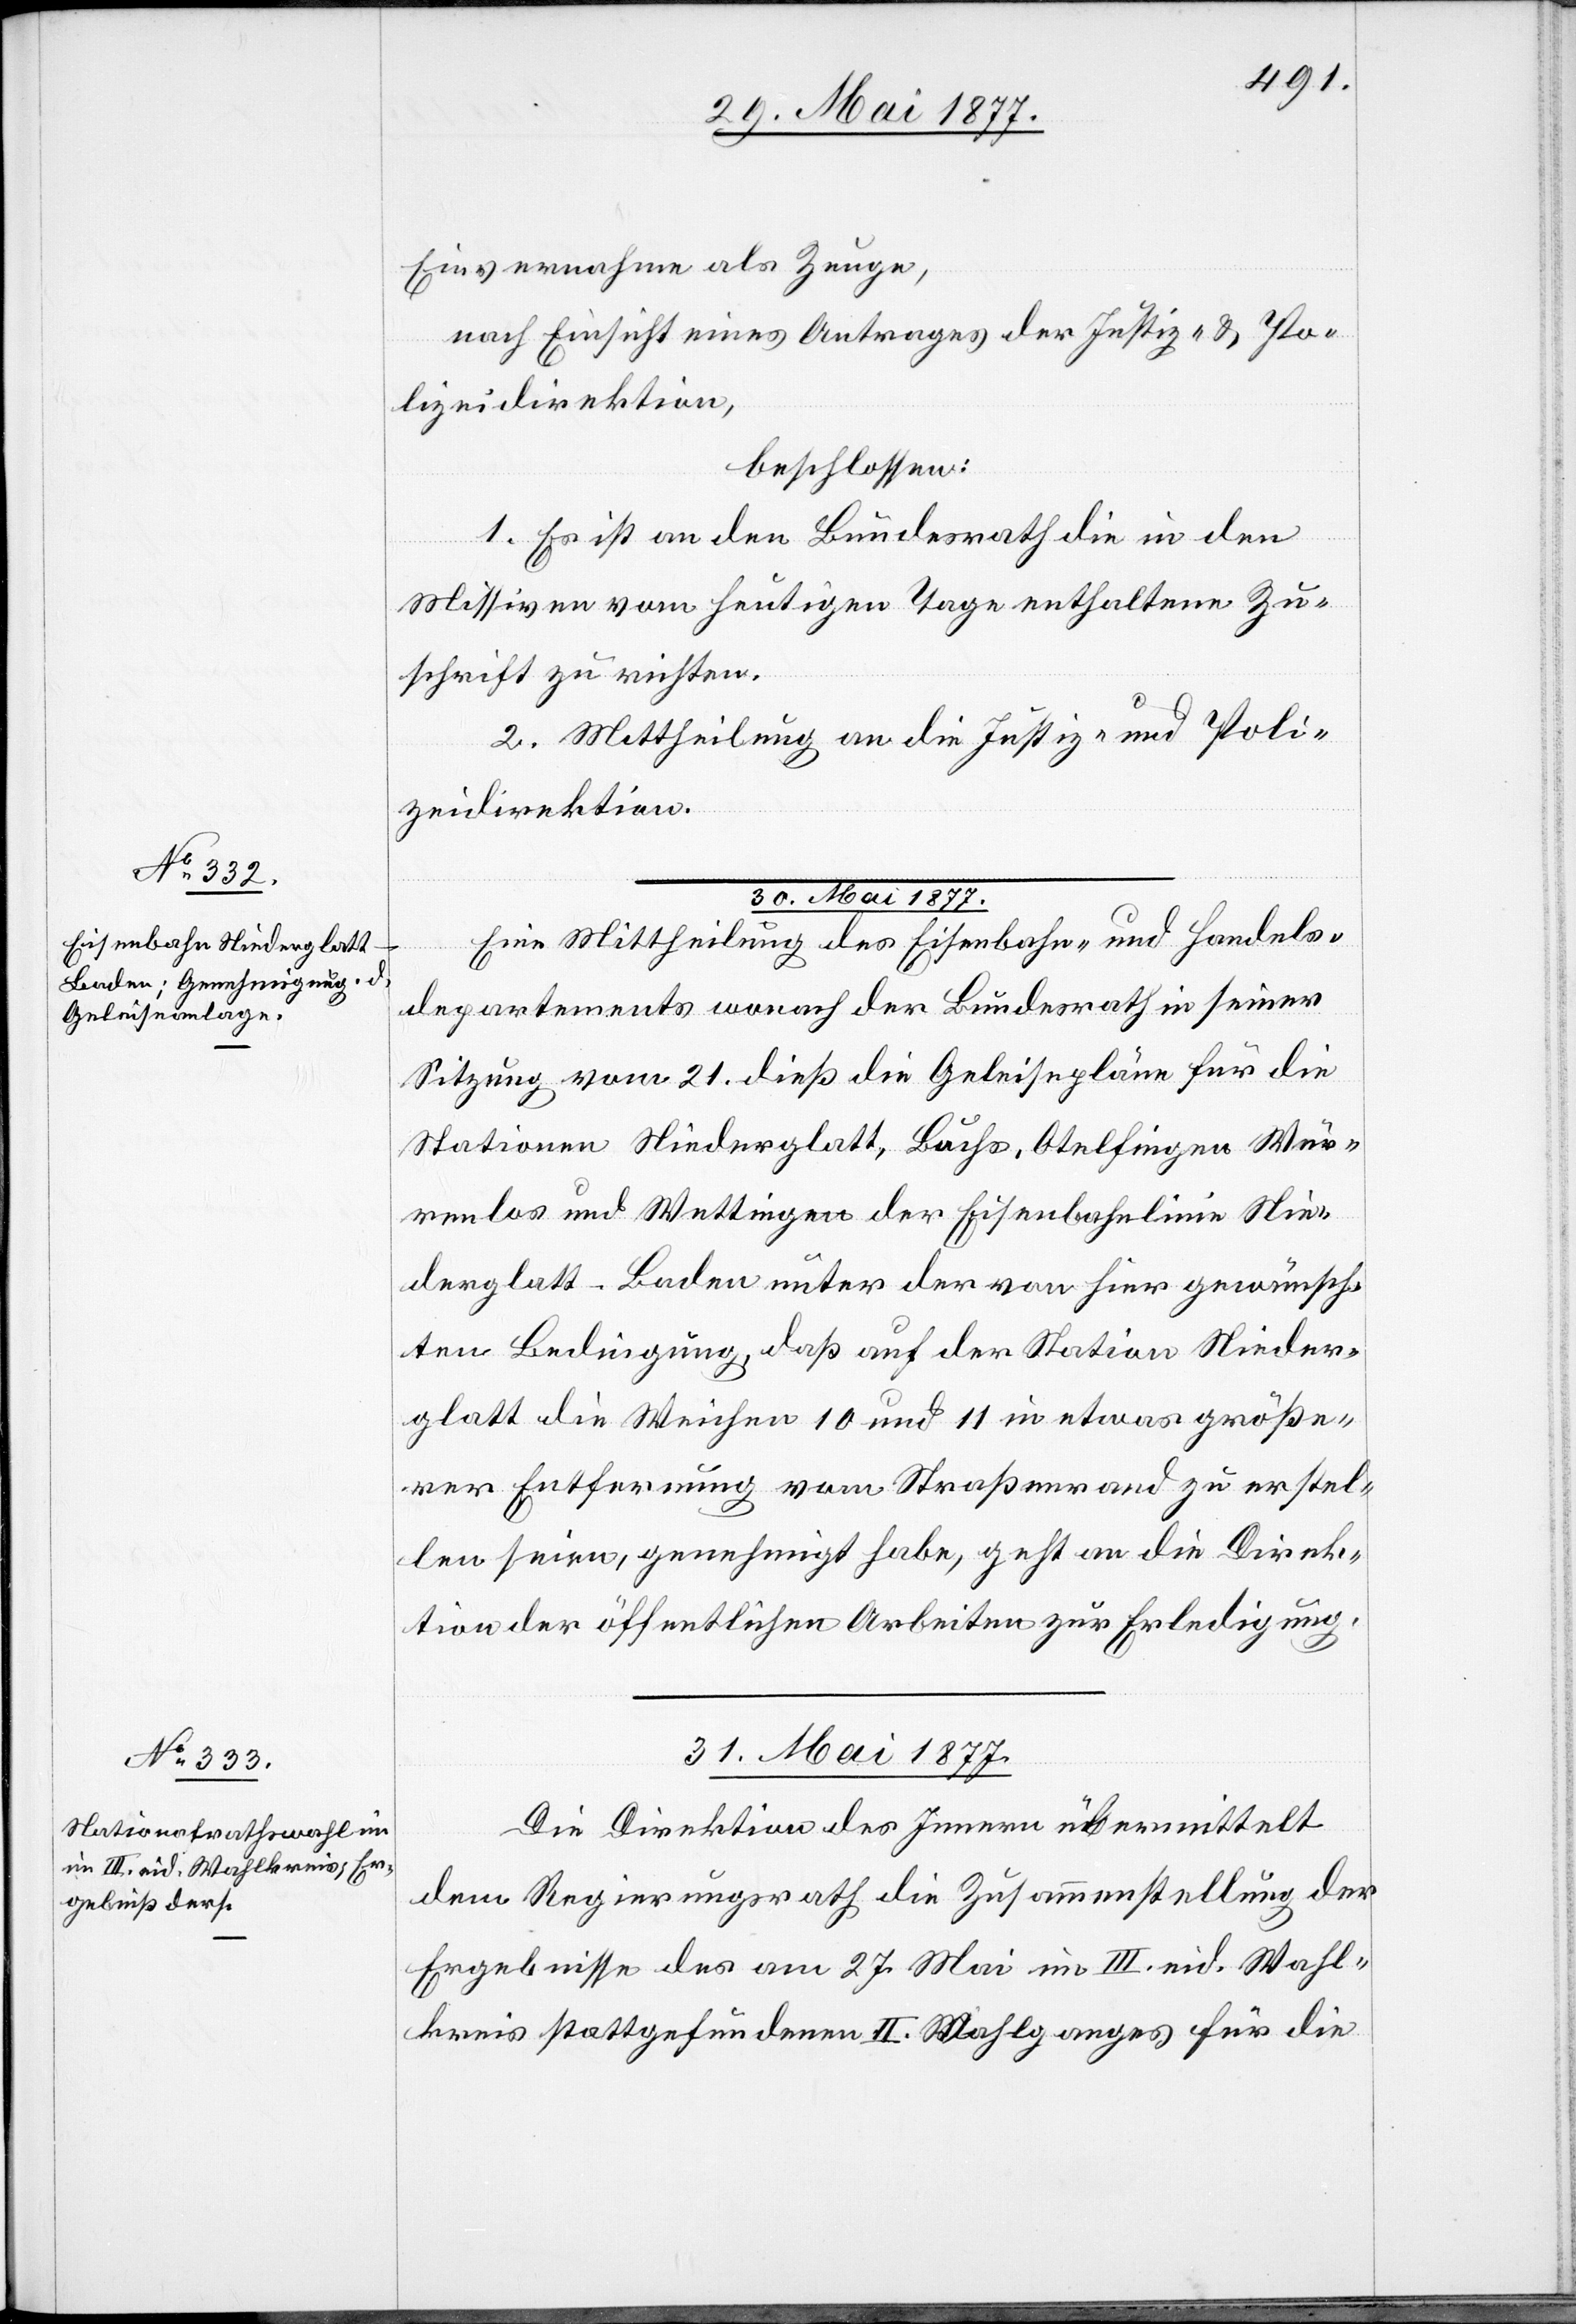
30. Mai 1877.
Einvernahme als Zeuge,
nach Einsicht eines Antrages der Justiz- & Po¬
lizeidirektion,
beschlossen:
1. Es ist an den Bundesrath die in den
Missiven vom heutigen Tage enthaltene Zu¬
schrift zu richten.
2. Mittheilung an die Justiz- und Poli¬
zeidirektion.
Eine Mittheilung des Eisenbahn- und Handels¬
departement wonach der Bundesrath in seiner
Sitzung vom 21. dieß die Geleisepläne für die
Stationen Niederglatt, Buchs, Otelfingen, Wür¬
enlos und Wettingen der Eisenbahnlinie Nie¬
derglatt–Baden unter der von hier gewünsch¬
ten Bedingung, daß auf der Station Nieder¬
glatt die Weichen 10 und 11 in etwas größe¬
rer Entfernung vom Straßenrand zu erstel¬
len seien, genehmigt habe, geht an die Direk¬
tion der öffentlichen Arbeiten zur Erledigung.
31. Mai 1877.
Die Direktion des Innern übermittelt
dem Regierungsrath die Zusammenstellung der
Ergebnisse des am 27. Mai im III. eid. Wahl¬
kreis stattgefundenen II. Wahlganges für die